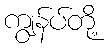
ကျွန်ပ်တို့